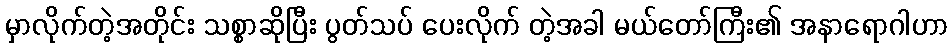
မှာလိုက်တဲ့အတိုင်း သစ္စာဆိုပြီး ပွတ်သပ် ပေးလိုက် တဲ့အခါ မယ်တော်ကြီး၏ အနာရောဂါဟာ